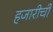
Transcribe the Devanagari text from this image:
हजारीची